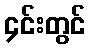
၄င်းတွင်